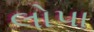
લોપા